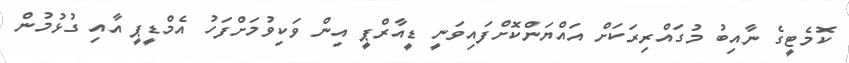
ކޮމެޓީގެ ނާއިބު މުގައްރިރަކަށް އައްޔަންކޮށްފައިވަނީ ޑީއާރްޕީ އިން ވަކިވުމަށްފަހު އެމްޑީޕީ އާއި ގުޅުމުން